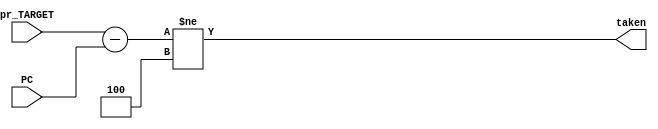
module br_taken #(parameter W = 32)(
    input [W-1:0] PC,pr_TARGET,
    output taken
);
    assign taken = ((pr_TARGET - PC) != 4); 
endmodule